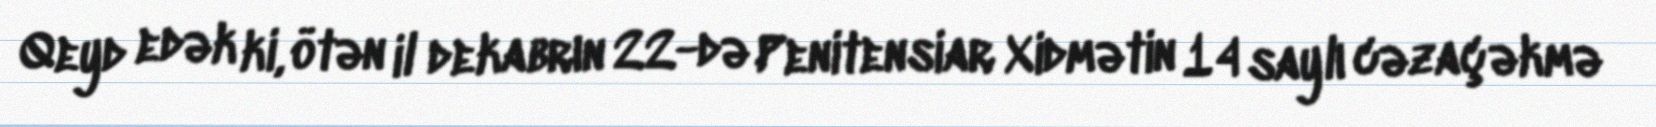
Qeyd edək ki, ötən il dekabrın 22-də Penitensiar Xidmətin 14 saylı cəzaçəkmə